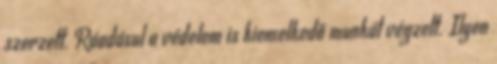
szerzett. Ráadásul a védelem is kiemelkedő munkát végzett. Ilyen